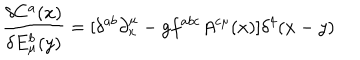
LaTeX: \frac { \delta C ^ { a } ( x ) } { \delta E _ { \mu } ^ { b } ( y ) } = [ \delta ^ { a b } \partial _ { x } ^ { \mu } - g f ^ { a b c } A ^ { c \mu } ( x ) ] \delta ^ { 4 } ( x - y )